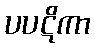
ပပဋိကာ